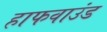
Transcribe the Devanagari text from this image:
हाफवाउंड